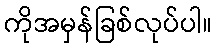
ကိုအမှန်ခြစ်လုပ်ပါ။